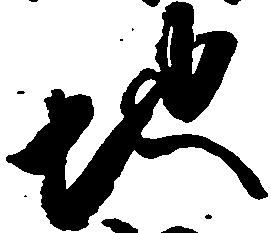
地